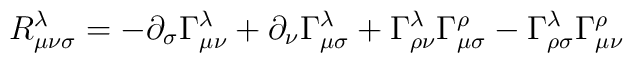
R^\lambda_{\mu\nu\sigma}=-\partial_\sigma\Gamma^\lambda_{\mu\nu}+\partial_\nu\Gamma^\lambda_{\mu\sigma}+\Gamma^\lambda_{\rho\nu}\Gamma^\rho_{\mu\sigma}-\Gamma^\lambda_{\rho\sigma}\Gamma^\rho_{\mu\nu}